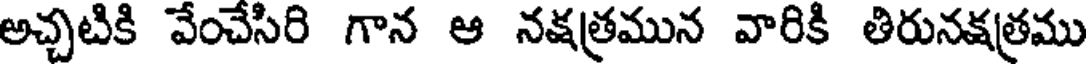
అచ్చటికి వేంచేసిరి గాన ఆ నక్షత్రమున వారికి తిరునక్షత్రము